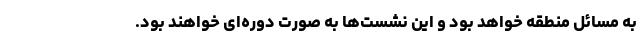
به مسائل منطقه خواهد بود و این نشست‌ها به صورت دوره‌ای خواهند بود.